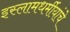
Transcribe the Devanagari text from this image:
इस्लामधर्मीयांचे